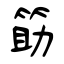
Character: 筯